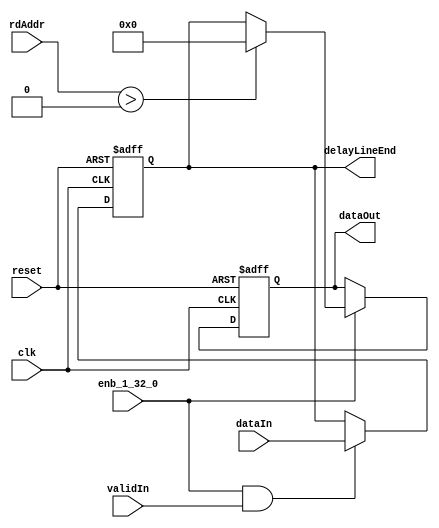
// -------------------------------------------------------------
// 
// 
// Generated by MATLAB 9.13 and HDL Coder 4.0
// 
// -------------------------------------------------------------


// -------------------------------------------------------------
// 
// Module: Addressable_Delay_Line_block19
// Source Path: whdlOFDMTransmitter_up_con/OFDM_UC/HDL_DUC/Lowpass Interpolator/whdlOFDMTransmitter_up_con/OFDM_UC/HDL_DUC/Lowpass 
// Interpolator/FIRFilter1/Addressable Delay Lin
// Hierarchy Level: 4
// 
// Addressable Delay Line
// 
// -------------------------------------------------------------

`timescale 1 ns / 1 ns

module Addressable_Delay_Line_block19
          (clk,
           reset,
           enb_1_32_0,
           dataIn,
           validIn,
           rdAddr,
           delayLineEnd,
           dataOut);


  input   clk;
  input   reset;
  input   enb_1_32_0;
  input   signed [15:0] dataIn;  // sfix16_En13
  input   validIn;
  input   [3:0] rdAddr;  // ufix4
  output  signed [15:0] delayLineEnd;  // sfix16_En13
  output  signed [15:0] dataOut;  // sfix16_En13


  reg signed [15:0] delayedSignals0;  // sfix16_En13
  wire rdCompare;
  wire signed [15:0] ZEROCONST;  // sfix16_En13
  wire signed [15:0] switchDataOut;  // sfix16_En13
  reg signed [15:0] dataOut_1;  // sfix16_En13


  always @(posedge clk or posedge reset)
    begin : delay0_process
      if (reset == 1'b1) begin
        delayedSignals0 <= 16'sb0000000000000000;
      end
      else begin
        if (enb_1_32_0 && validIn) begin
          delayedSignals0 <= dataIn;
        end
      end
    end



  assign delayLineEnd = delayedSignals0;

  assign rdCompare = rdAddr > 4'b0000;



  assign ZEROCONST = 16'sb0000000000000000;



  assign switchDataOut = (rdCompare == 1'b0 ? delayedSignals0 :
              ZEROCONST);



  always @(posedge clk or posedge reset)
    begin : dataOutReg_process
      if (reset == 1'b1) begin
        dataOut_1 <= 16'sb0000000000000000;
      end
      else begin
        if (enb_1_32_0) begin
          dataOut_1 <= switchDataOut;
        end
      end
    end



  assign dataOut = dataOut_1;

endmodule  // Addressable_Delay_Line_block19